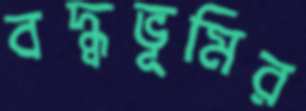
বদ্ধ্বভূমির